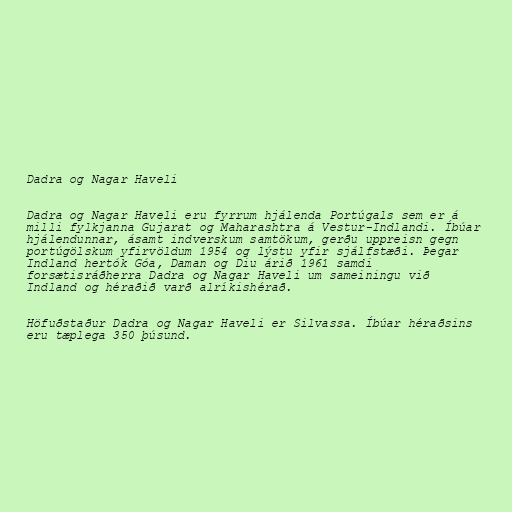
Dadra og Nagar Haveli

Dadra og Nagar Haveli eru fyrrum hjálenda Portúgals sem er á
milli fylkjanna Gujarat og Maharashtra á Vestur-Indlandi. Íbúar
hjálendunnar, ásamt indverskum samtökum, gerðu uppreisn gegn
portúgölskum yfirvöldum 1954 og lýstu yfir sjálfstæði. Þegar
Indland hertók Góa, Daman og Diu árið 1961 samdi
forsætisráðherra Dadra og Nagar Haveli um sameiningu við
Indland og héraðið varð alríkishérað.

Höfuðstaður Dadra og Nagar Haveli er Silvassa. Íbúar héraðsins
eru tæplega 350 þúsund.